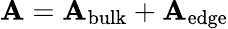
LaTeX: {\cal\mathbf{A}}={\cal\mathbf{A}}_{\mathrm{{bulk}}}+{\cal\mathbf{A}}_{\mathrm{{edge}}}